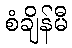
စံချိန်မီ